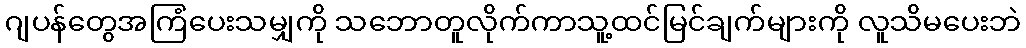
ဂျပန်တွေအကြံပေးသမျှကို သဘောတူလိုက်ကာသူ့ထင်မြင်ချက်များကို လူသိမပေးဘဲ